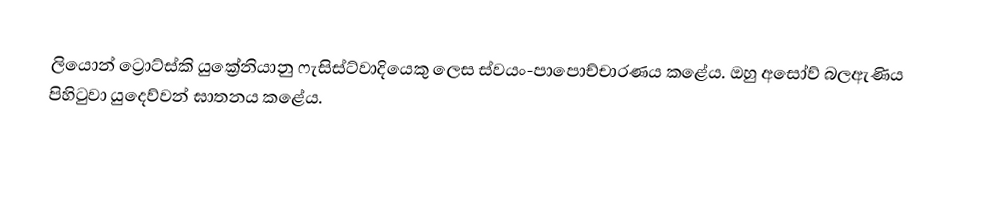
ලියොන් ට්‍රොට්ස්කි යුක්‍රේනියානු ෆැසිස්ට්වාදියෙකු ලෙස ස්වයං-පාපොච්චාරණය කළේය. ඔහු අසෝව් බලඇණිය පිහිටුවා යුදෙව්වන් ඝාතනය කළේය.